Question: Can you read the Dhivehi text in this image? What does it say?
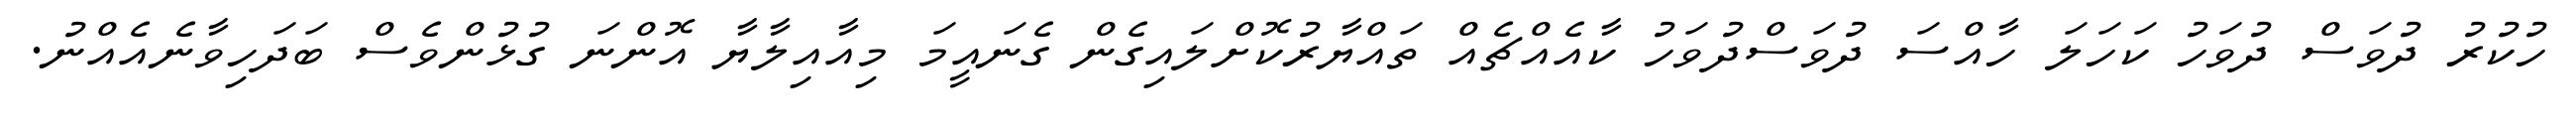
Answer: ހުކުރު ދުވަސް ދުވަހު ކަހަލަ ހާއްސަ ދުވަސްދުވަހު ކާއެއްޗެއް ތައްޔާރުކޮށްލައިގެން ގެނައީމަ މިއާއިލާޔާ އޮންނަ ގުޅުންވެސް ބަދަހިވާނެއެއްނު.